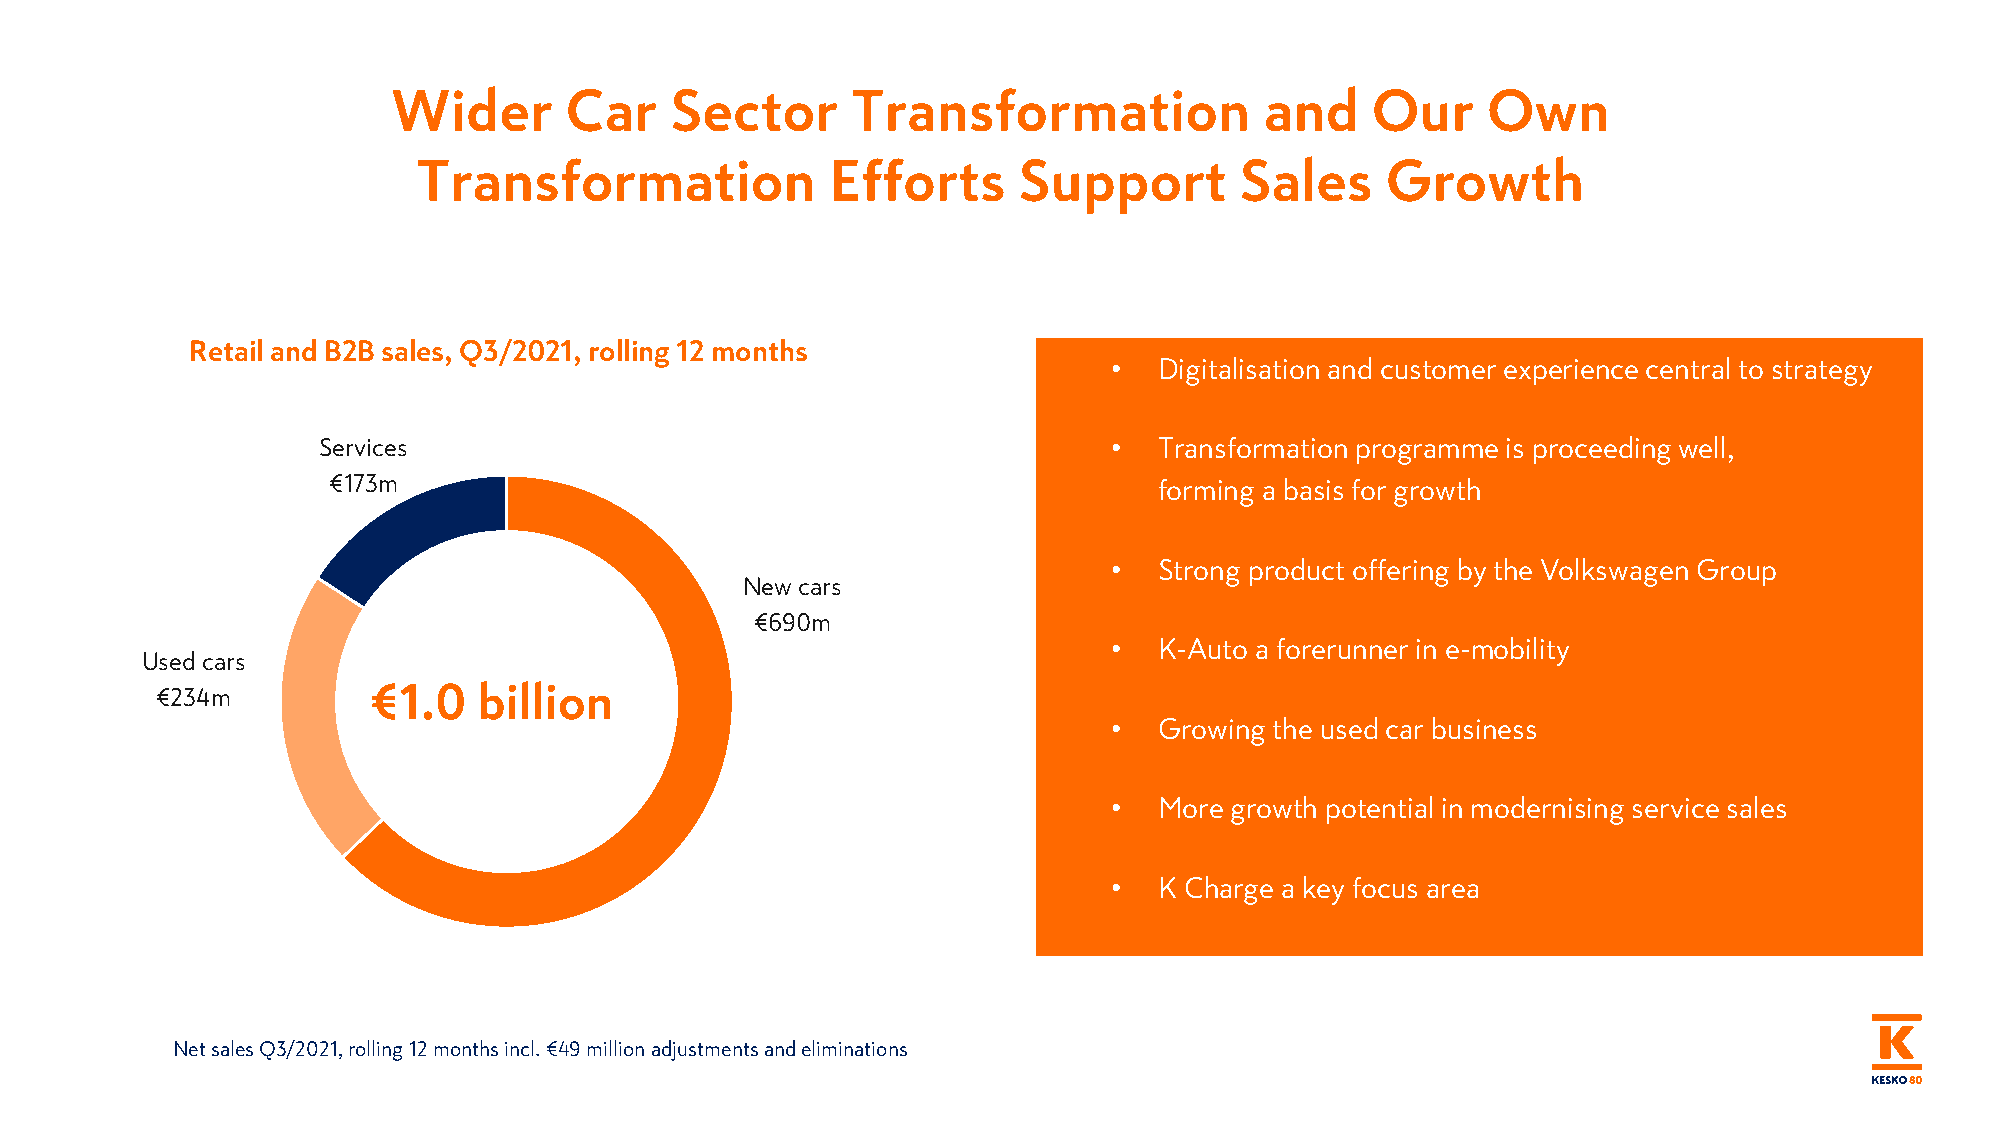
Wider      Car    Sector      Transformation              and    Our    Own
 Transformation             Efforts     Support        Sales     Growth
 Retail and B2B sales, Q3/2021, rolling 12 months
 •  Digitalisation and customer experience central to strategy
 Services                                             •  Transformation programme is proceeding well,
 €173m                                                  forming a basis for growth
 •  Strong product offering by the Volkswagen Group
 New cars
 €690m
 •  K-Auto a forerunner in e-mobility
 Used cars
 €1.0    billion
 €234m
 •  Growing the used car business
 •  More growth potential in modernising service sales
 •  K Charge a key focus area
 Net sales Q3/2021, rolling 12 months incl. €49 million adjustments and eliminations
 999